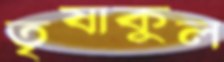
তৃষাকুল